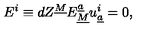
E ^ { i } \equiv d Z ^ { \underline { { M } } } E _ { \underline { { M } } } ^ { \underline { { a } } } u _ { \underline { { a } } } ^ { i } = 0 ,